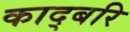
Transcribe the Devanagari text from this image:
काद्बरि